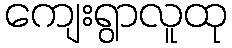
ကျေးရွာလူထု